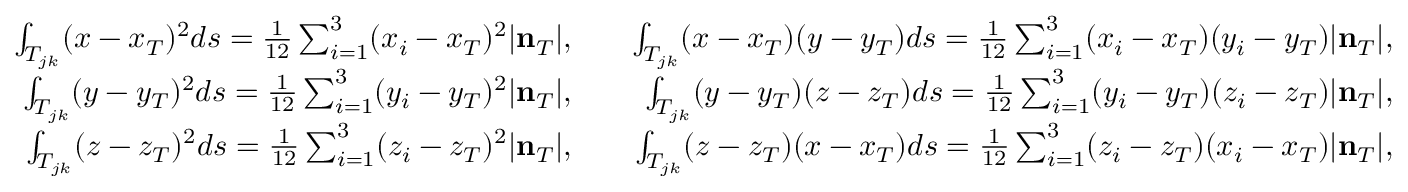
\begin{array} { r l r } { \int _ { T _ { j k } } ( x - x _ { T } ) ^ { 2 } d s = \frac { 1 } { 1 2 } \sum _ { i = 1 } ^ { 3 } ( x _ { i } - x _ { T } ) ^ { 2 } | { \bf n } _ { T } | , } & { } & { \int _ { T _ { j k } } ( x - x _ { T } ) ( y - y _ { T } ) d s = \frac { 1 } { 1 2 } \sum _ { i = 1 } ^ { 3 } ( x _ { i } - x _ { T } ) ( y _ { i } - y _ { T } ) | { \bf n } _ { T } | , } \\ { \int _ { T _ { j k } } ( y - y _ { T } ) ^ { 2 } d s = \frac { 1 } { 1 2 } \sum _ { i = 1 } ^ { 3 } ( y _ { i } - y _ { T } ) ^ { 2 } | { \bf n } _ { T } | , } & { } & { \int _ { T _ { j k } } ( y - y _ { T } ) ( z - z _ { T } ) d s = \frac { 1 } { 1 2 } \sum _ { i = 1 } ^ { 3 } ( y _ { i } - y _ { T } ) ( z _ { i } - z _ { T } ) | { \bf n } _ { T } | , } \\ { \int _ { T _ { j k } } ( z - z _ { T } ) ^ { 2 } d s = \frac { 1 } { 1 2 } \sum _ { i = 1 } ^ { 3 } ( z _ { i } - z _ { T } ) ^ { 2 } | { \bf n } _ { T } | , } & { } & { \int _ { T _ { j k } } ( z - z _ { T } ) ( x - x _ { T } ) d s = \frac { 1 } { 1 2 } \sum _ { i = 1 } ^ { 3 } ( z _ { i } - z _ { T } ) ( x _ { i } - x _ { T } ) | { \bf n } _ { T } | , } \end{array}